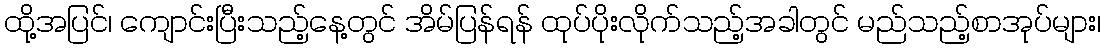
ထို့အပြင်၊ ကျောင်းပြီးသည့်နေ့တွင် အိမ်ပြန်ရန် ထုပ်ပိုးလိုက်သည့်အခါတွင် မည်သည့်စာအုပ်များ၊